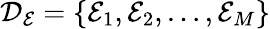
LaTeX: \mathcal{D}_{\mathcal{E}}=\{ \mathcal{E}_{1},\mathcal{E}_{2},\ldots,\mathcal{E}_{M}\}